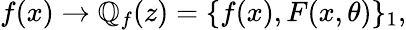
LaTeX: f(x)\to\mathbb{Q}_{f}(z)=\{ f(x),F(x,\theta)\} _{1},